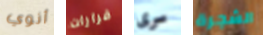
أنوي قرارات سرى الشجرة